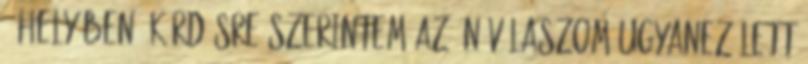
ő helyében” kérdésre szerintem az én válaszom ugyanez lett